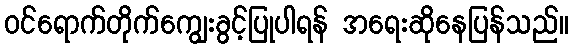
ဝင်ရောက်တိုက်ကျွေးခွင့်ပြုပါရန် အရေးဆိုနေပြန်သည်။